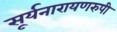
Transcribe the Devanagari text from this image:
सूर्यनारायणरुपी